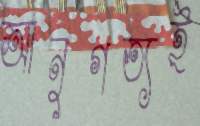
আনুগত্যই